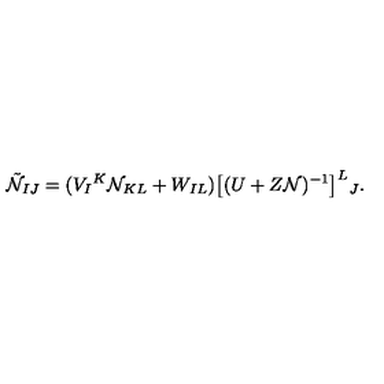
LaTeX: \tilde { \cal N } _ { I J } = ( V _ { I } { } ^ { K } { \cal N } _ { K L } + W _ { I L } ) \big [ ( U + Z { \cal N } ) ^ { - 1 } \big ] ^ { L } { } _ { J } .